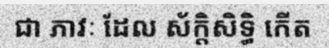
ជា ភាវៈ ដែល ស័ក្តិសិទ្ធិ កើត